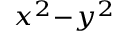
_ { x ^ { 2 } - y ^ { 2 } }